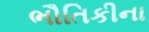
ભૌતિકીના